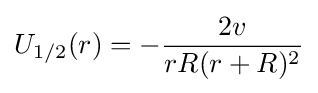
U_{1/2}(r)=-{\frac {2v}{rR(r+R)^{2}}}